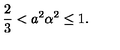
\frac 2 3 < a ^ { 2 } \alpha ^ { 2 } \leq 1 .